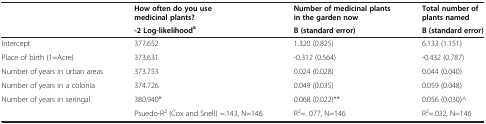
<table><thead><tr><td><b> </b></td><td><b>How often do you use medicinal plants?</b></td><td><b>Number of medicinal plants in the garden now</b></td><td><b>Total number of plants named</b></td></tr><tr><td><b> </b></td><td><b>-2 Log-likelihood<sup>a</sup></b></td><td><b>B (standard error)</b></td><td><b>B (standard error)</b></td></tr></thead><tbody><tr><td>Intercept</td><td>377.652</td><td>1.320 (0.825)</td><td>6.133 (1.151)</td></tr><tr><td>Place of birth (1=Acre)</td><td>373.631</td><td>-0.312 (0.564)</td><td>-0.432 (0.787)</td></tr><tr><td>Number of years in urban areas</td><td>373.753</td><td>0.024 (0.028)</td><td>0.044 (0.040)</td></tr><tr><td>Number of years in a colonia</td><td>374.726</td><td>0.049 (0.035)</td><td>0.059 (0.048)</td></tr><tr><td>Number of years in seringal</td><td>380.940*</td><td>0.068 (0.022)**</td><td>0.056 (0.030)^</td></tr><tr><td> </td><td>Psuedo-R<sup>2</sup> (Cox and Snell) =.143, N=146</td><td>R<sup>2</sup>=. 077, N=146</td><td>R<sup>2</sup>=.032, N=146</td></tr></tbody></table>